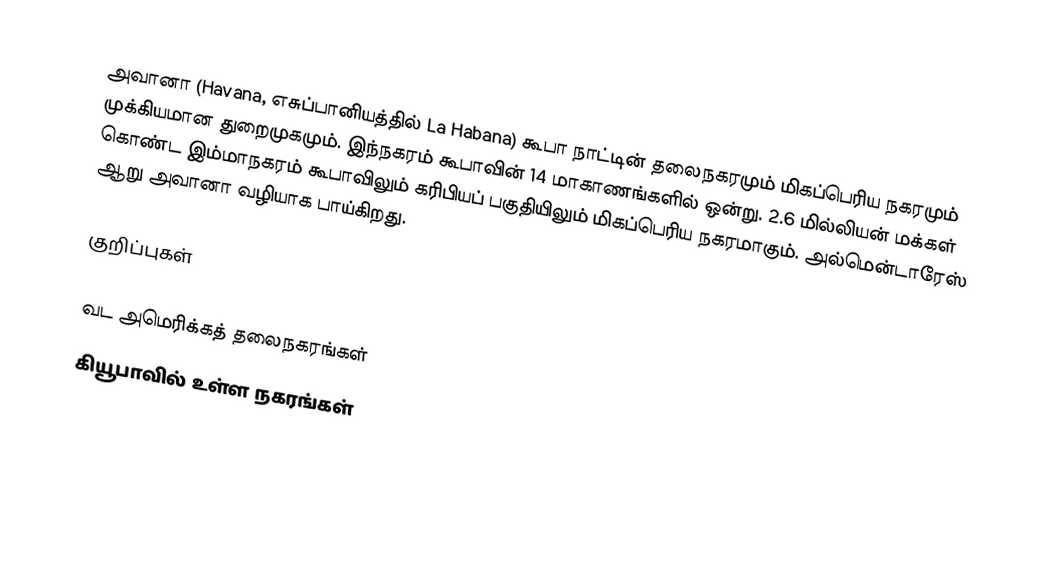
அவானா (Havana, எசுப்பானியத்தில் La Habana) கூபா நாட்டின் தலைநகரமும் மிகப்பெரிய நகரமும் முக்கியமான துறைமுகமும். இந்நகரம் கூபாவின் 14 மாகாணங்களில் ஒன்று. 2.6 மில்லியன் மக்கள் கொண்ட இம்மாநகரம் கூபாவிலும் கரிபியப் பகுதியிலும் மிகப்பெரிய நகரமாகும். அல்மென்டாரேஸ் ஆறு அவானா வழியாக பாய்கிறது.

குறிப்புகள்

வட அமெரிக்கத் தலைநகரங்கள்
கியூபாவில் உள்ள நகரங்கள்